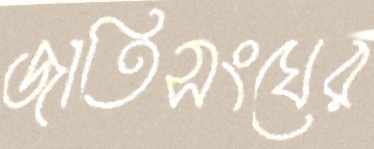
জাতিসংঘের